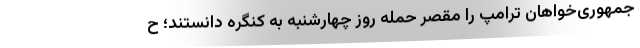
جمهوری‌خواهان ترامپ را مقصر حمله روز چهارشنبه به کنگره دانستند؛ ح